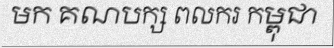
មក គណបក្ស ពលករ កម្ពុជា